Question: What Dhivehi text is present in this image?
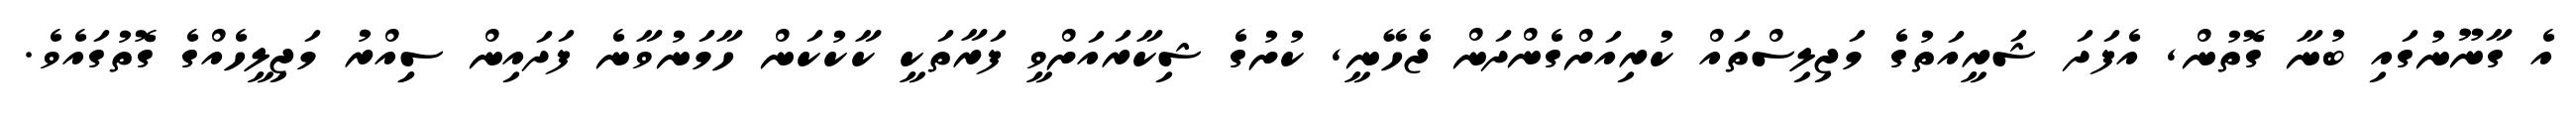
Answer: އެ ގާނޫނުގައި ބުނާ ގޮތުން, އެފަދަ ޝަރީއަތުގެ މަޖިލިސްތައް ކުރިއަށްގެންދަން ޖެހޭނީ, ކުށުގެ ޝިކާރައަށްވީ ފަރާތަކީ ކާކުކަން ހާމަނުވާނެ ފަދައިން ސިިއްރު މަޖިލީހެއްގެ ގޮތުގައެވެ.